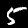
Label: 5